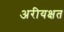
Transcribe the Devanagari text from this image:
अरीयक्षत